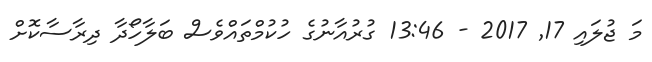
މަ ޖުލައި 17